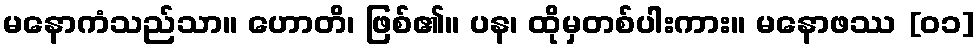
မနောကံသည်သာ။ ဟောတိ၊ ဖြစ်၏။ ပန၊ ထိုမှတစ်ပါးကား။ မနောဖဿ [၀၁]